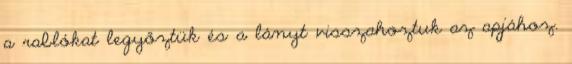
a rablókat legyőztük és a lányt visszahoztuk az apjához.